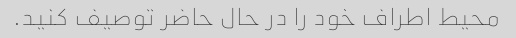
محیط اطراف خود را در حال حاضر توصیف کنید.